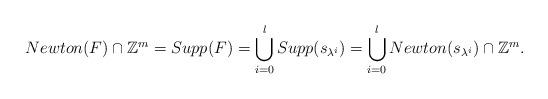
LaTeX: \begin{align*} Newton(F) \cap \mathbb{Z}^m = Supp(F) = \bigcup\limits_{i=0}^l Supp(s_{\lambda^i}) = \bigcup\limits_{i=0}^l Newton(s_{\lambda^i})\cap \mathbb{Z}^m. \end{align*}